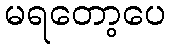
မရတော့ပေ